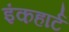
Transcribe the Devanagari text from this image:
इंकहार्ट